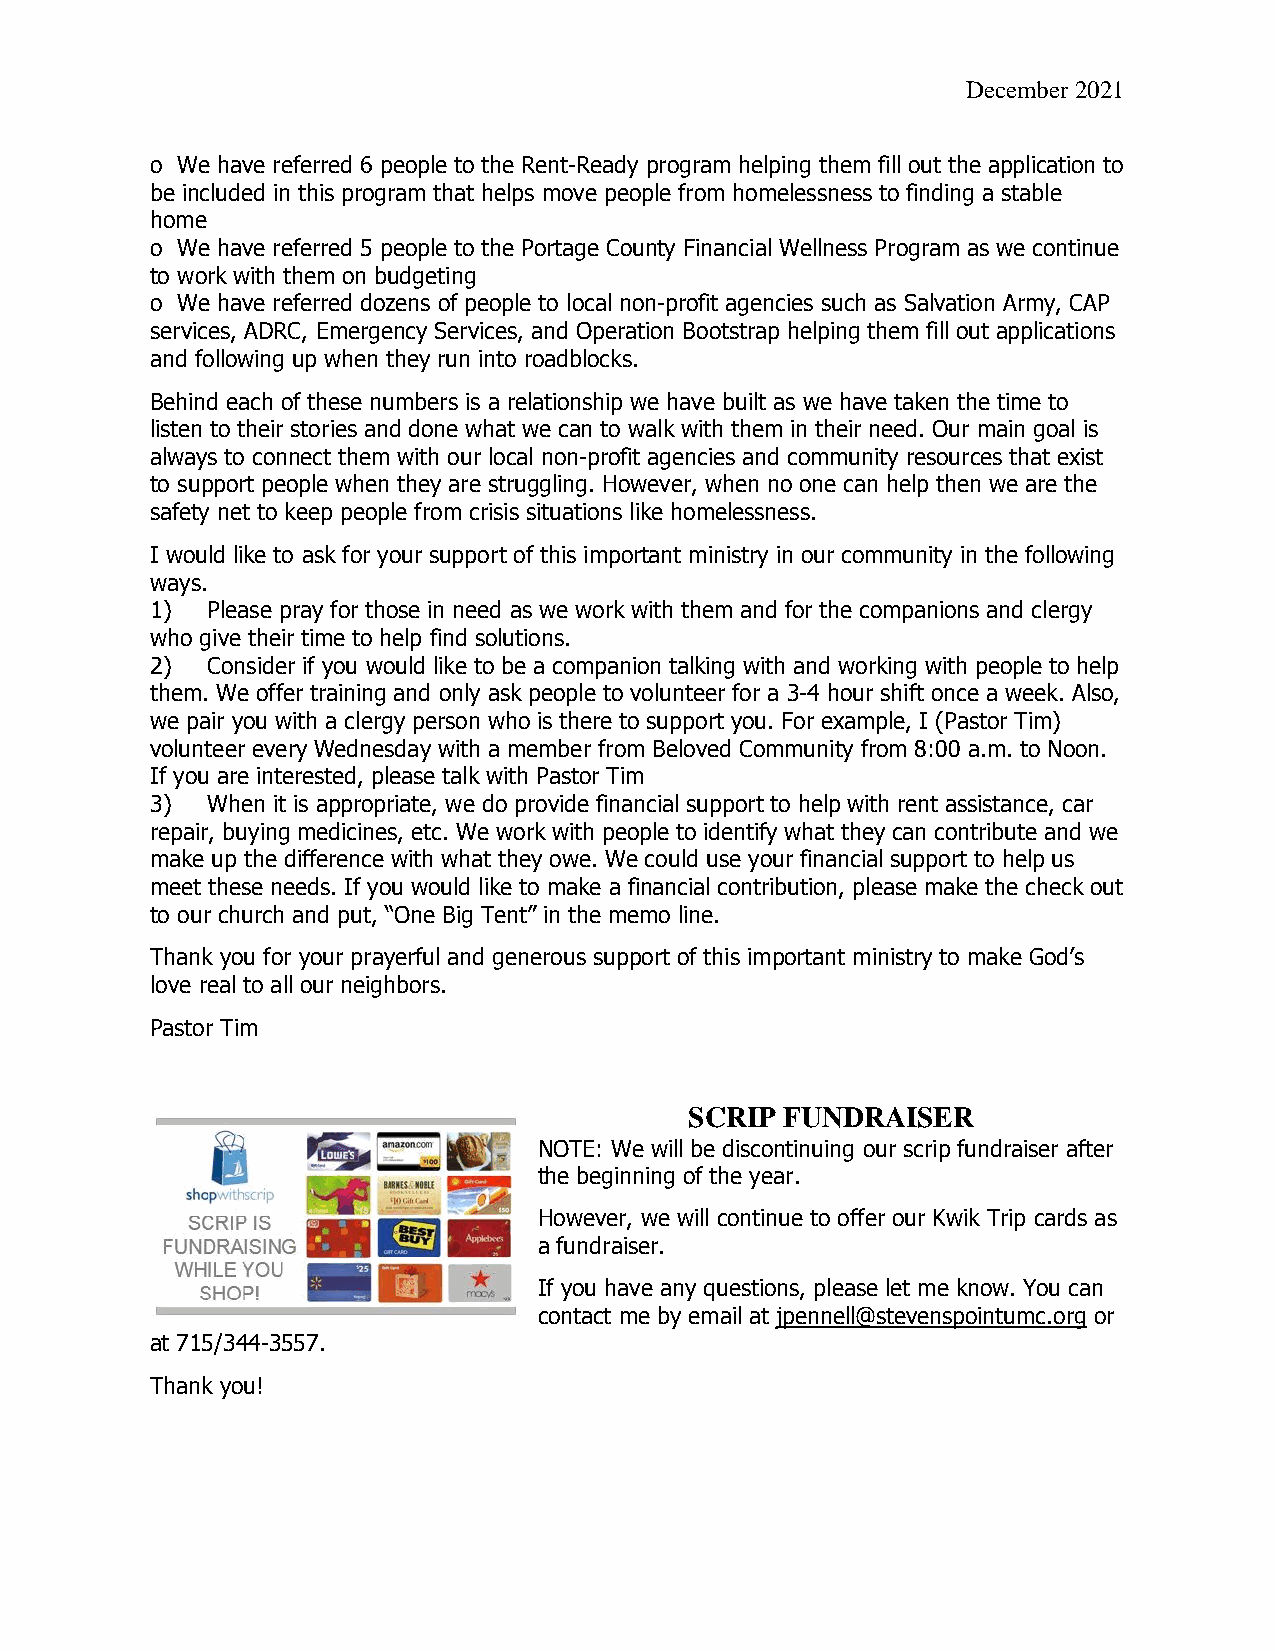
December 2021
 o We have referred 6 people to the Rent-Ready program helping them fill out the application to
 be included in this program that helps move people from homelessness to finding a stable
 home
 o We have referred 5 people to the Portage County Financial Wellness Program as we continue
 to work with them on budgeting
 o We have referred dozens of people to local non-profit agencies such as Salvation Army, CAP
 services, ADRC, Emergency Services, and Operation Bootstrap helping them fill out applications
 and following up when they run into roadblocks.
 Behind each of these numbers is a relationship we have built as we have taken the time to
 listen to their stories and done what we can to walk with them in their need. Our main goal is
 always to connect them with our local non-profit agencies and community resources that exist
 to support people when they are struggling. However, when no one can help then we are the
 safety net to keep people from crisis situations like homelessness.
 I would like to ask for your support of this important ministry in our community in the following
 ways.
 1)  Please pray for those in need as we work with them and for the companions and clergy
 who give their time to help find solutions.
 2)  Consider if you would like to be a companion talking with and working with people to help
 them. We offer training and only ask people to volunteer for a 3-4 hour shift once a week. Also,
 we pair you with a clergy person who is there to support you. For example, I (Pastor Tim)
 volunteer every Wednesday with a member from Beloved Community from 8:00 a.m. to Noon.
 If you are interested, please talk with Pastor Tim
 3)  When it is appropriate, we do provide financial support to help with rent assistance, car
 repair, buying medicines, etc. We work with people to identify what they can contribute and we
 make up the difference with what they owe. We could use your financial support to help us
 meet these needs. If you would like to make a financial contribution, please make the check out
 to our church and put, “One Big Tent” in the memo line.
 Thank you for your prayerful and generous support of this important ministry to make God’s
 love real to all our neighbors.
 Pastor Tim
 SCRIP FUNDRAISER
 NOTE: We will be discontinuing our scrip fundraiser after
 the beginning of the year.
 However, we will continue to offer our Kwik Trip cards as
 a fundraiser.
 If you have any questions, please let me know. You can
 contact me by email at jpennell@stevenspointumc.org or
 at 715/344-3557.
 Thank you!